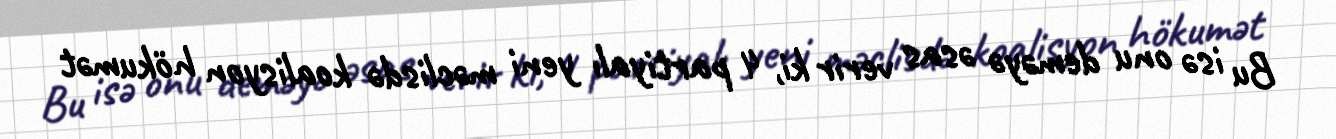
Bu isə onu deməyə əsas verir ki, 4 partiyalı yeni məclisdə koalisyon hökumət